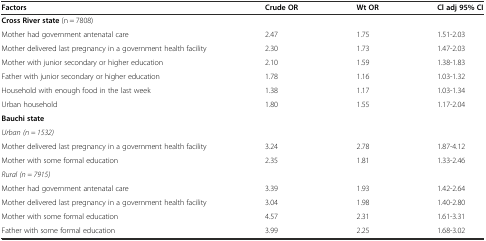
<table><thead><tr><td><b>Factors</b></td><td><b>Crude OR</b></td><td><b>Wt OR</b></td><td><b>Cl adj 95% CI</b></td></tr></thead><tbody><tr><td colspan="4"><b>Cross River state</b> (n = 7808)</td></tr><tr><td>Mother had government antenatal care</td><td>2.47</td><td>1.75</td><td>1.51-2.03</td></tr><tr><td>Mother delivered last pregnancy in a government health facility</td><td>2.30</td><td>1.73</td><td>1.47-2.03</td></tr><tr><td>Mother with junior secondary or higher education</td><td>2.10</td><td>1.59</td><td>1.38-1.83</td></tr><tr><td>Father with junior secondary or higher education</td><td>1.78</td><td>1.16</td><td>1.03-1.32</td></tr><tr><td>Household with enough food in the last week</td><td>1.38</td><td>1.17</td><td>1.03-1.34</td></tr><tr><td>Urban household</td><td>1.80</td><td>1.55</td><td>1.17-2.04</td></tr><tr><td colspan="4"><b>Bauchi state</b></td></tr><tr><td colspan="4"><i>Urban (n = 1532)</i></td></tr><tr><td>Mother delivered last pregnancy in a government health facility</td><td>3.24</td><td>2.78</td><td>1.87-4.12</td></tr><tr><td>Mother with some formal education</td><td>2.35</td><td>1.81</td><td>1.33-2.46</td></tr><tr><td colspan="4"><i>Rural (n = 7915)</i></td></tr><tr><td>Mother had government antenatal care</td><td>3.39</td><td>1.93</td><td>1.42-2.64</td></tr><tr><td>Mother delivered last pregnancy in a government health facility</td><td>3.04</td><td>1.98</td><td>1.40-2.80</td></tr><tr><td>Mother with some formal education</td><td>4.57</td><td>2.31</td><td>1.61-3.31</td></tr><tr><td>Father with some formal education</td><td>3.99</td><td>2.25</td><td>1.68-3.02</td></tr></tbody></table>